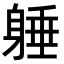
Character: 𨉡